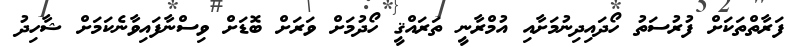
ފަރާތްތަކަށް ފުރުސަތު ހޯދައިދިނުމަށާއި އުމްރާނީ ތަރައްޤީ ހޯދުމަށް ވަރަށް ބޮޑަށް ވިސްނާފައިވާނެކަމަށް ޝާހިދު